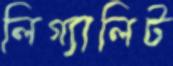
লিগ্যালিট